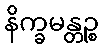
နိက္ခမန္တဉ္စ